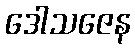
ဒေါသဇေန